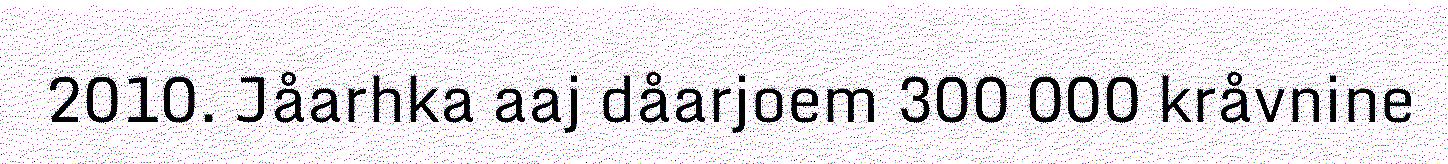
2010. Jåarhka aaj dåarjoem 300 000 kråvnine